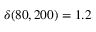
\delta ( 8 0 , 2 0 0 ) = 1 . 2 \